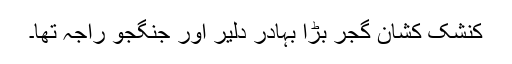
کنشک کشان گجر بڑا بہادر دلیر اور جنگجو راجہ تھا۔